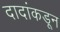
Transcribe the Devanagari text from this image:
दादांकडून